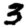
Digit: 3